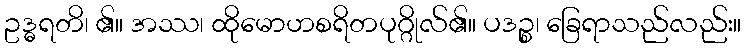
ဥဒ္ဓရတိ၊ ၏။ အဿ၊ ထိုမောဟစရိတပုဂ္ဂိုလ်၏။ ပဒဉ္စ၊ ခြေရာသည်လည်း။